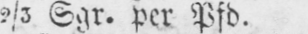
2/3 Sgr. per Pfd.